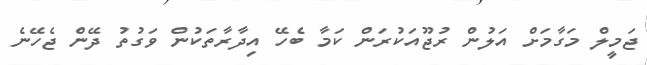
ޖަމީލް މަގާމަށް އަލުން ރުޖޫއަކުރަން ކަމާ ބެހޭ އިދާރާތަކުން ވަގުތު ދޭން ޖެހޭނެ